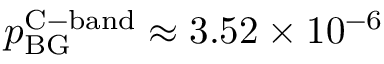
p _ { \mathrm { B G } } ^ { \mathrm { C - b a n d } } \approx 3 . 5 2 \times 1 0 ^ { - 6 }